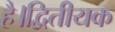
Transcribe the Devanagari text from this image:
है।द्वितीयक